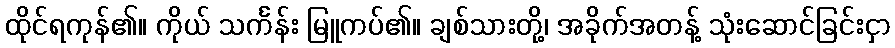
ထိုင်ရကုန်၏။ ကိုယ် သင်္ကန်း မြူကပ်၏။ ချစ်သားတို့၊ အခိုက်အတန့် သုံးဆောင်ခြင်းငှာ